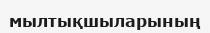
мылтықшыларының